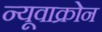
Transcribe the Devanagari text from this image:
न्यूवाक्रोन